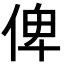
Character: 俾